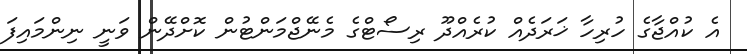
އެ ކުއްޖާގެ ހުރިހާ ޚަރަދެއް ކުރެއްދޫ ރިސޯޓްގެ މެނޭޖްމަންޓުން ކޮށްދޭން ވަނީ ނިންމައިފަ